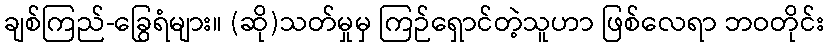
ချစ်ကြည်-ခြွေရံများ။ (ဆို)သတ်မှုမှ ကြဉ်ရှောင်တဲ့သူဟာ ဖြစ်လေရာ ဘဝတိုင်း